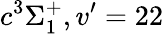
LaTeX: c^{3}\Sigma_{1}^{+},v^{\prime}=22